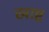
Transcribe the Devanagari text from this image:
खाष्ट